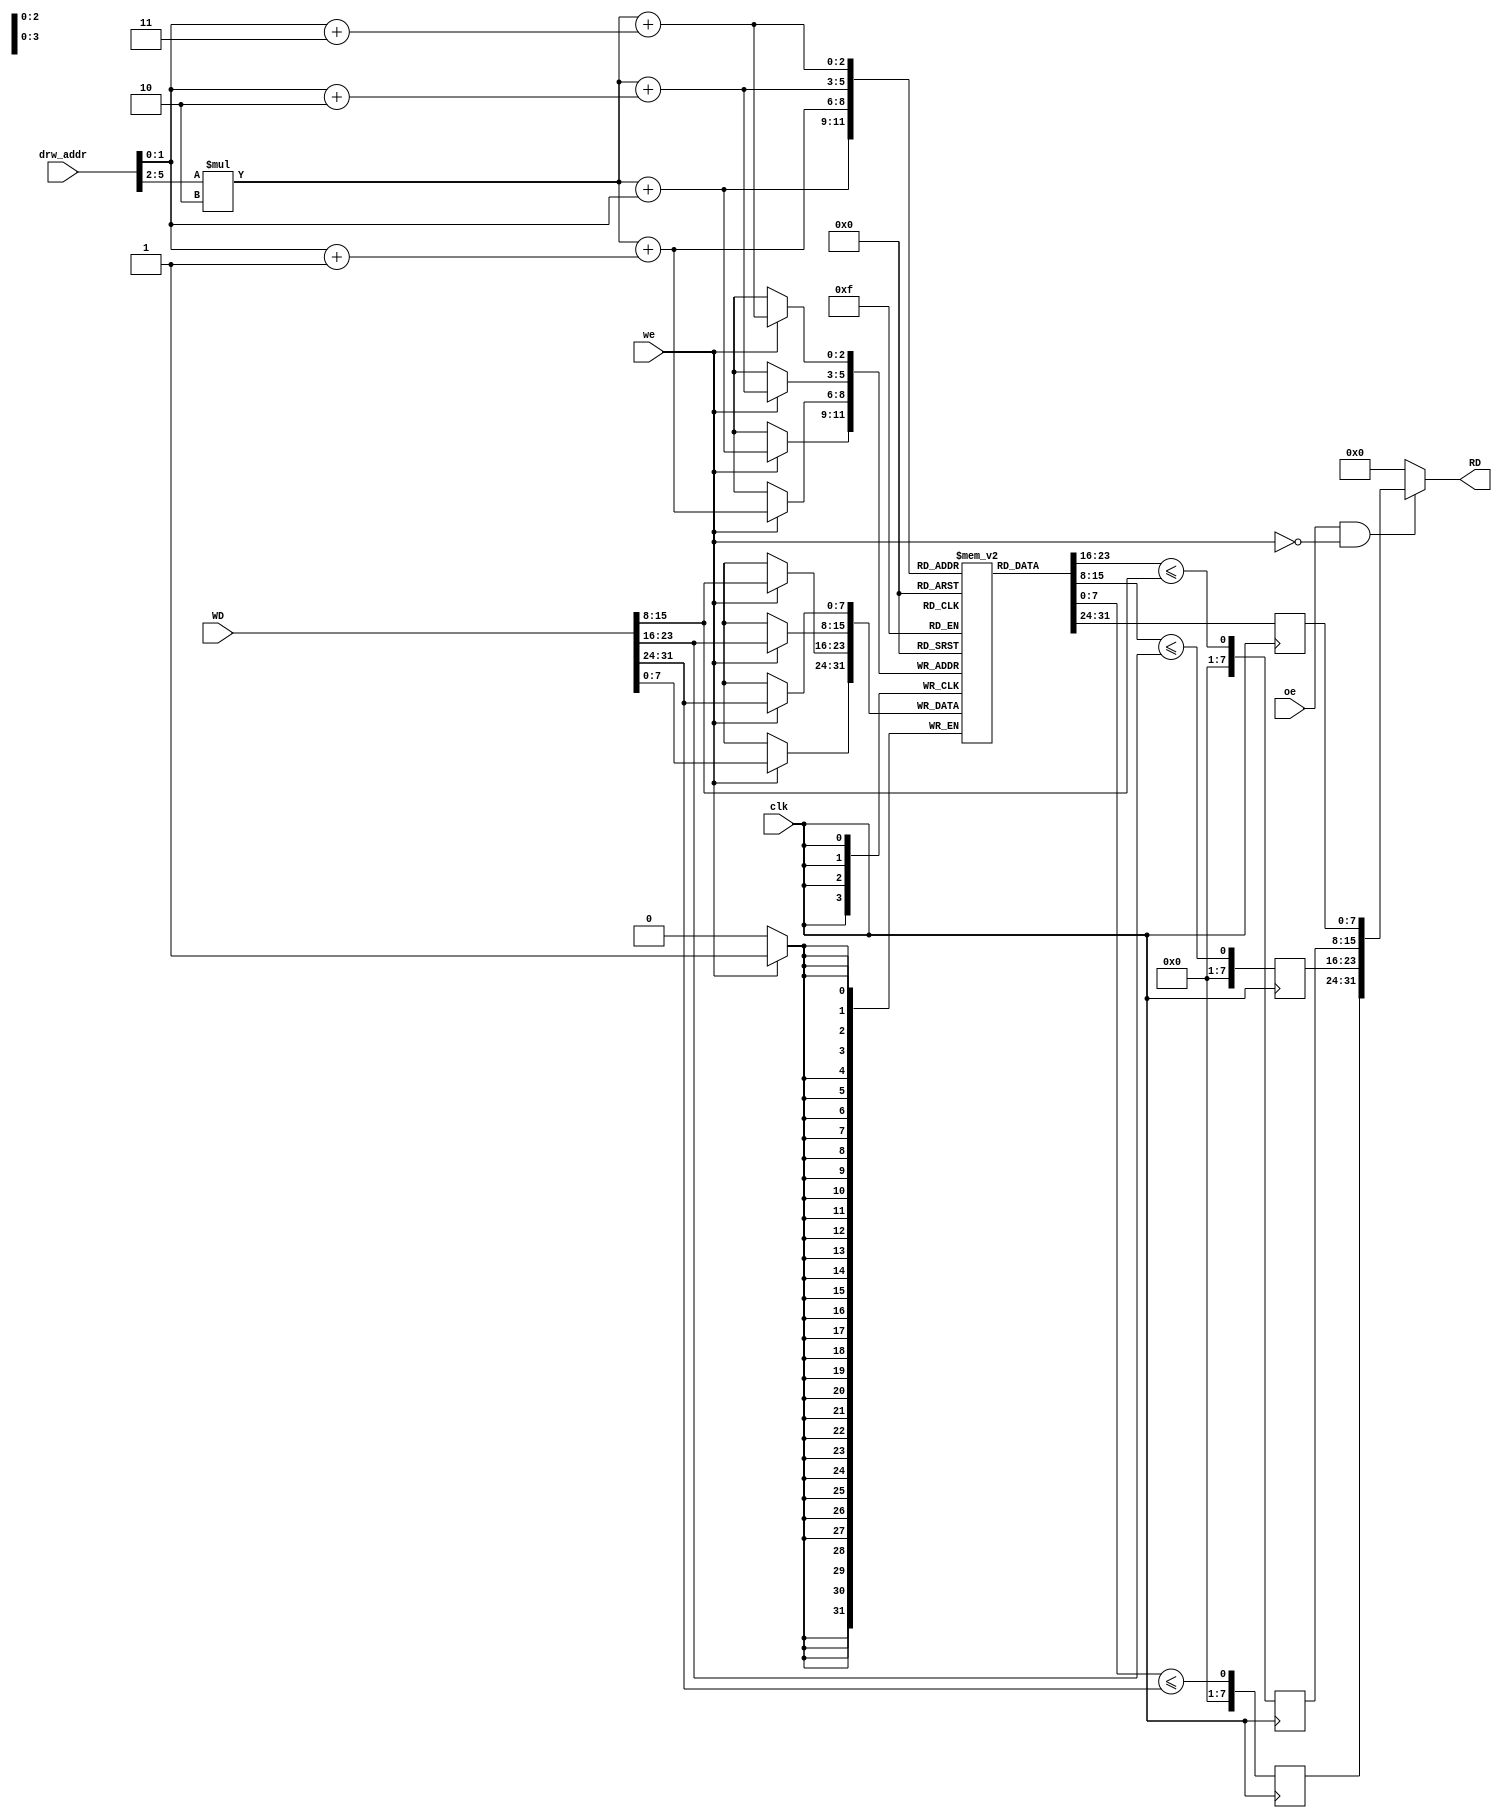
`timescale 1ns / 1ps
module SRAM(output [31:0]RD,
            input  [31:0]WD,
            input  [5:0]drw_addr,
            input clk,we,oe);
            
reg [7:0]mem[3:0][1:0];
reg [31:0]temp_d;



always@(posedge clk)
begin
    if(we)
        mem[drw_addr[5:2]][drw_addr[1:0]] <= WD[7:0];
    temp_d[7:0] <= mem[drw_addr[5:2]][drw_addr[1:0]];
end

always@(posedge clk)
begin
    if(we)
        mem[drw_addr[5:2]][drw_addr[1:0]+1] <= WD[15:8];
    temp_d[15:8] <= mem[drw_addr[5:2]][drw_addr[1:0]+1] <= WD[15:8];
end
     
always@(posedge clk)
begin
    if(we)
        mem[drw_addr[5:2]][drw_addr[1:0]+2] <= WD[23:16];
    temp_d[23:16] <= mem[drw_addr[5:2]][drw_addr[1:0]+2] <= WD[23:16];
end      

always@(posedge clk)
begin
    if(we)
        mem[drw_addr[5:2]][drw_addr[1:0]+3] <= WD[31:24];
    temp_d[31:24] <= mem[drw_addr[5:2]][drw_addr[1:0]+3] <= WD[31:24];
end

assign RD = (oe&!we)?temp_d:32'd0;      
endmodule